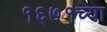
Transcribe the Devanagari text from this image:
१६७१च्या